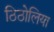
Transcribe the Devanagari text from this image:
ठिठोलिया